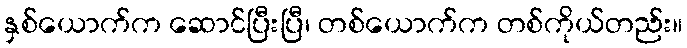
နှစ်ယောက်က ဆောင်ပြီးပြီ၊ တစ်ယောက်က တစ်ကိုယ်တည်း။